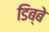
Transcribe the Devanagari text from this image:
डिब्बे